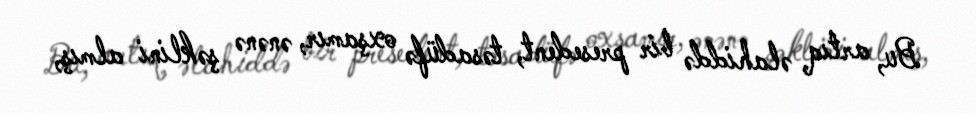
Bu, artıq əlahiddə bir presedent, təsadüfə oxşamır, ənənə şəklini almış,